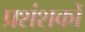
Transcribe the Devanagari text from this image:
प्रशंशकों